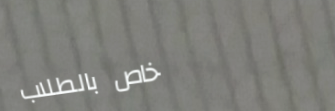
خاص بالطلاب